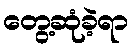
တွေ့ဆုံခဲ့ရာ